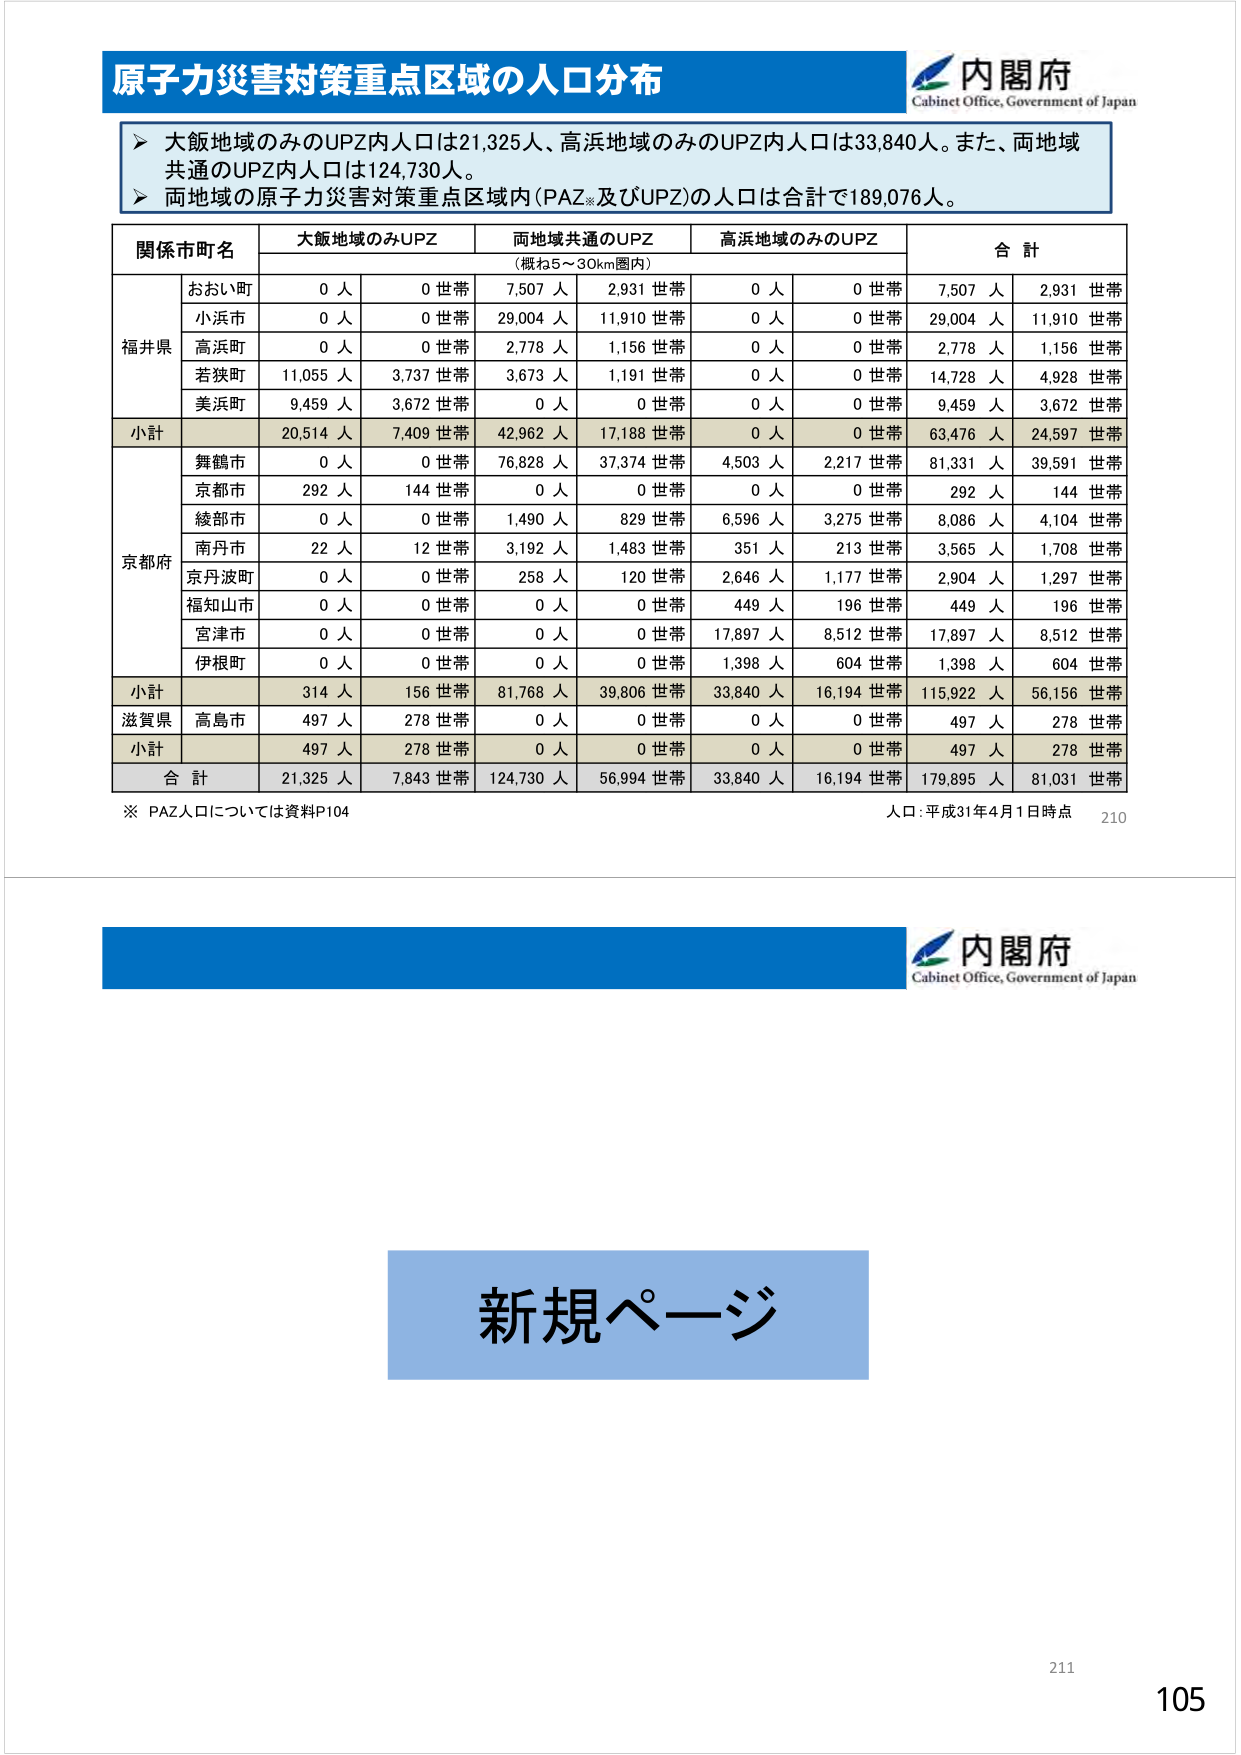
原子力災害対策重点区域の人口分布
内閣府
Cabinet Office, Government of Japan
▶ 大飯地域のみのUPZ内人口は21,325人、高浜地域のみのUPZ内人口は33,840人。また、両地域
共通のUPZ内人口は124,730人。
▶ 両地域の原子力災害対策重点区域内(PAZ※及びUPZ)の人口は合計で189,076人。
関係市町名
大飯地域のみUPZ
両地域共通のUPZ
高浜地域のみのUPZ
合 計
(概ね5～30km圏内)
福井県
おおい町
0 人
0 世帯
7,507 人
2,931 世帯
0 人
0 世帯
7,507 人
2,931 世帯
小浜市
0 人
0 世帯
29,004 人
11,910 世帯
0 人
0 世帯
29,004 人
11,910 世帯
高浜町
0 人
0 世帯
2,778 人
1,156 世帯
0 人
0 世帯
2,778 人
1,156 世帯
若狭町
11,055 人
3,737 世帯
3,673 人
1,191 世帯
0 人
0 世帯
14,728 人
4,928 世帯
美浜町
9,459 人
3,672 世帯
0 人
0 世帯
0 人
0 世帯
9,459 人
3,672 世帯
小計
20,514 人
7,409 世帯
42,962 人
17,188 世帯
0 人
0 世帯
63,476 人
24,597 世帯
京都府
舞鶴市
0 人
0 世帯
76,828 人
37,374 世帯
4,503 人
2,217 世帯
81,331 人
39,591 世帯
京都市
292 人
144 世帯
0 人
0 世帯
0 人
0 世帯
292 人
144 世帯
綾部市
0 人
0 世帯
1,490 人
829 世帯
6,596 人
3,275 世帯
8,086 人
4,104 世帯
南丹市
22 人
12 世帯
3,192 人
1,483 世帯
351 人
213 世帯
3,565 人
1,708 世帯
京丹波町
0 人
0 世帯
258 人
120 世帯
2,646 人
1,177 世帯
2,904 人
1,297 世帯
福知山市
0 人
0 世帯
0 人
0 世帯
449 人
196 世帯
449 人
196 世帯
宮津市
0 人
0 世帯
0 人
0 世帯
17,897 人
8,512 世帯
17,897 人
8,512 世帯
伊根町
0 人
0 世帯
0 人
0 世帯
1,398 人
604 世帯
1,398 人
604 世帯
小計
314 人
156 世帯
81,768 人
39,806 世帯
33,840 人
16,194 世帯
115,922 人
56,156 世帯
滋賀県
高島市
497 人
278 世帯
0 人
0 世帯
0 人
0 世帯
497 人
278 世帯
小計
497 人
278 世帯
0 人
0 世帯
0 人
0 世帯
497 人
278 世帯
合 計
21,325 人
7,843 世帯
124,730 人
56,994 世帯
33,840 人
16,194 世帯
179,895 人
81,031 世帯
※ PAZ人口については資料P104
人口：平成31年4月1日時点
210
内閣府
Cabinet Office, Government of Japan
新規ページ
211
105